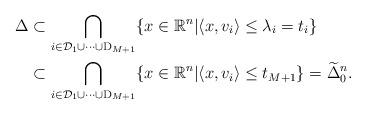
LaTeX: \begin{align*} \Delta &\subset \bigcap_{i\in\mathcal{D}_1\cup\cdots\cup\mathrm{D}_{M+1}} \{x\in\mathbb{R}^n |\langle x,v_i\rangle\leq\lambda_i=t_{i}\}\\& \subset\bigcap_{i\in\mathcal{D}_1\cup\cdots\cup\mathrm{D}_{M+1}} \{x\in\mathbb{R}^n |\langle x,v_i\rangle\leq t_{M+1}\} =\widetilde{\Delta}^n_0.\end{align*}